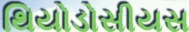
થિયોડોસીયસ